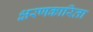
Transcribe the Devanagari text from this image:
क्षरणकारिता